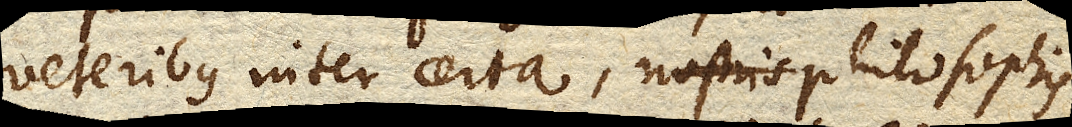
veteribus inter certa, nostris philosophis